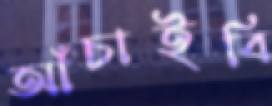
আঁচাইবি